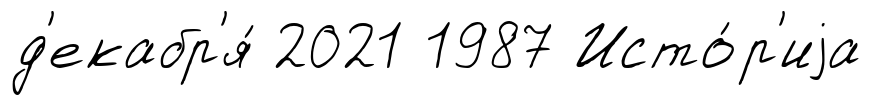
д'екабр'я́ 2021 1987 Исто́р'иjа